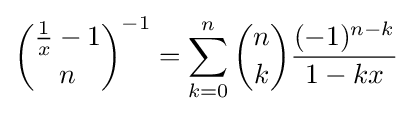
{{\frac {1}{x}}-1 \choose n}^{-1}=\sum _{k=0}^{n}{n \choose k}{\frac {(-1)^{n-k}}{1-kx}}